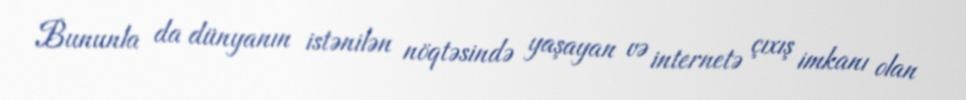
Bununla da dünyanın istənilən nöqtəsində yaşayan və internetə çıxış imkanı olan